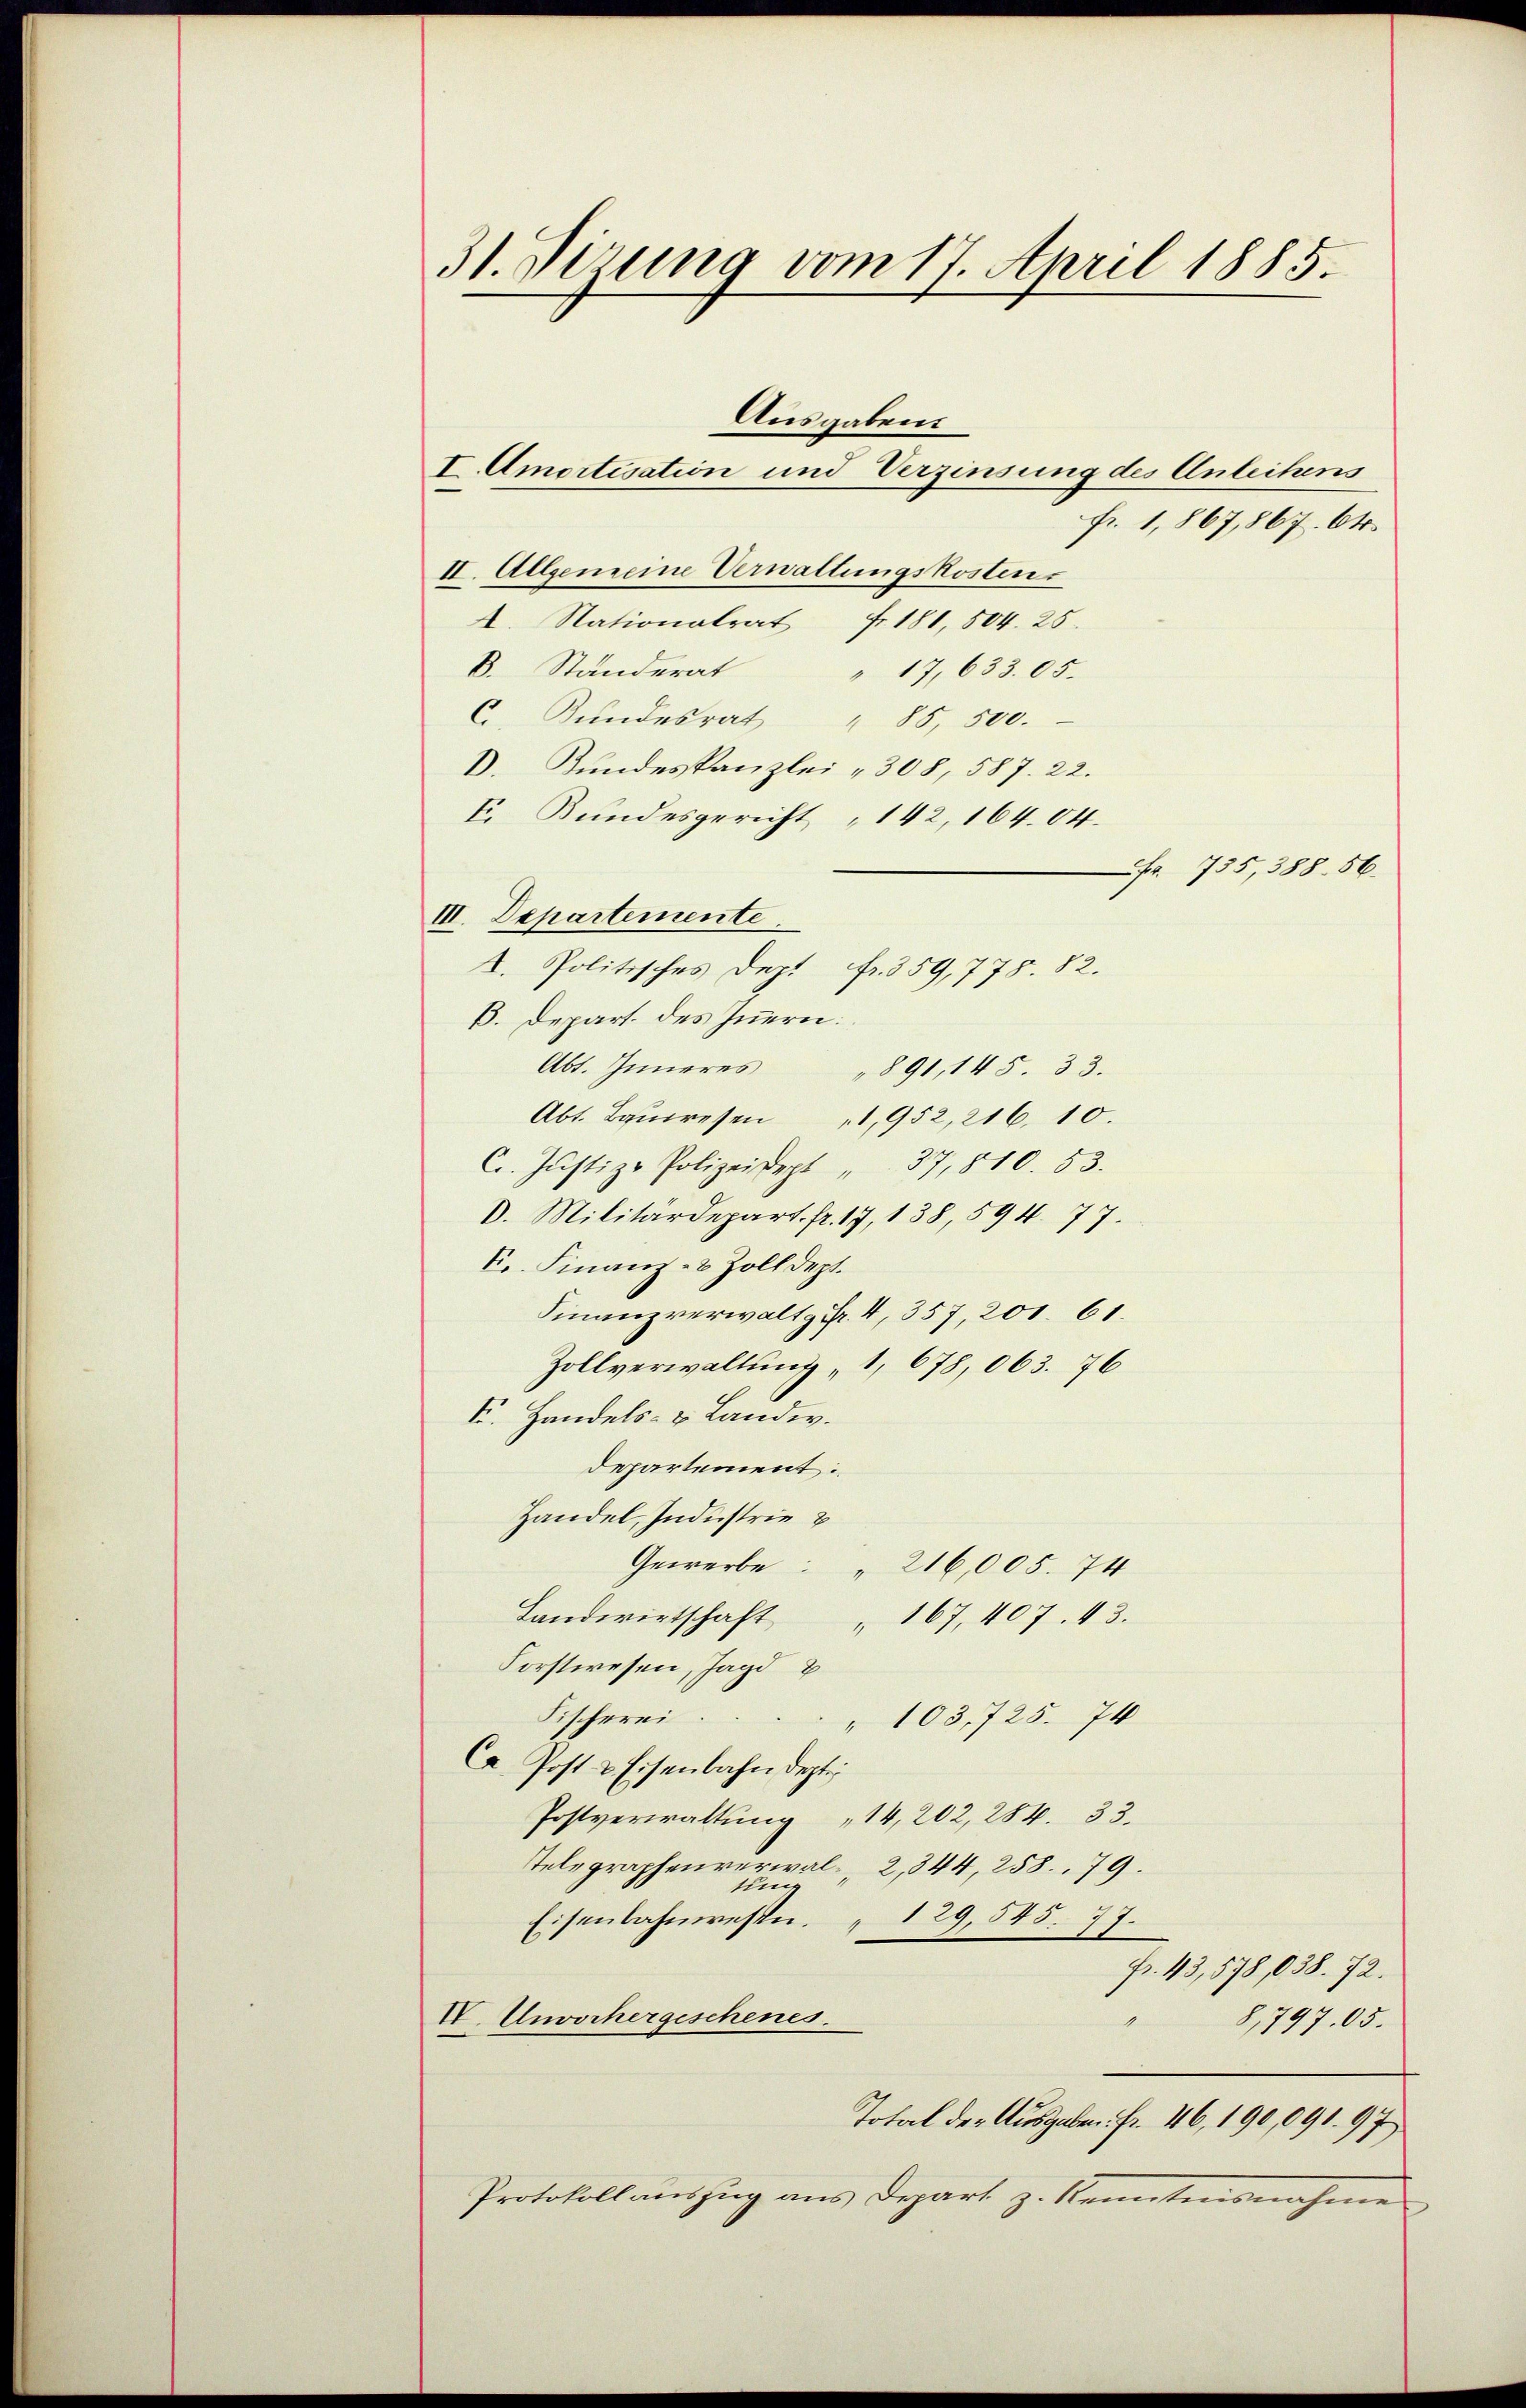
31. Sizung vom 17. April 1885.

fr. 1,867,867. Ok
II. Allgemeine Verwaltungskosten.
fr. 181, 504. 25.
A. Nationalrat
B. Ständerat
" 17, 633. 05.
C. Bundesrat " 85, 500.
D. Kundeskanzlei - 308, 587. 22.
E. Bundesgericht 142, 164. 64.
r 755, 388. 56.
III. Departemente
t. Politisches Dep. fr. 359, 778. 82.
B. Depart. des Innern:
Abt. Inneres "891, 145. 33.
Abt. Baŭwesen 1,952, 216. 10.
C. Jŭstiz-Polizeidept " 37, 810. 53.
D. Militärdepart. fr. 17, 138, 594. 77.
E. Finanz- & Zolldept.
Finanzverwaltg Fr. 4, 357, 201. 61.
Zollverwaltung „1, 678, 063. 76
F. Handels- & Landw.
departement.
Handel, Industrie
Gewerbe : " 216,005. 74
Landwirtschaft " 167, 407. 43.
Forstwesen, Jagd
Fischerei.
" 103,725. 74
Ca. Post & Eisenbahn depti
Postverwaltung 14, 202, 284. 33.
Telegraphenverwal-, 2,844, 258. 79.
tin
Eisenbahnwesen. 129,545. 77.
fr. 43,578,038. 72.
VI. Unvorhergeschenes.
" 8,797. 05.
Total der Ausgaben. Fr. 46, 190,091. 97
Protokollauszug aus Depart z. Kenntnisnahme

Ausgaben.
I Amortisation und Verzinsung des Anleihens